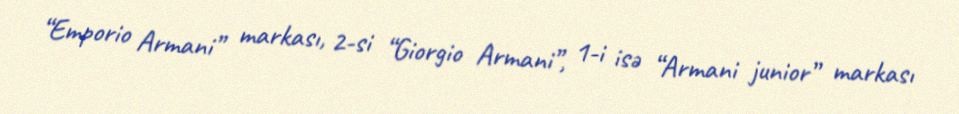
“Emporio Armani” markası, 2-si “Giorgio Armani”, 1-i isə “Armani junior” markası